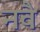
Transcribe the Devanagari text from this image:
नवै